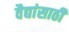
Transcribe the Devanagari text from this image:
वैद्यांसाठी